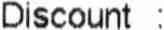
DISCOUNT :